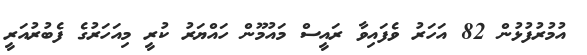
އުމުރުފުޅުން 82 އަހަރު ވެފައިވާ ރައީސް މައުމޫން ހައްޔަރު ކުރީ މިއަހަރުގެ ފެބުރުއަރީ